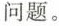
问题。